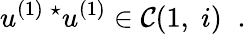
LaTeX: u^{(1)\; \star}u^{(1)}\in{\cal C}(1,\; i)\; \; .